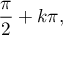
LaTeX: { \frac { \pi } { 2 } } + k \pi ,